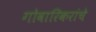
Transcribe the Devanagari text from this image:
गोवारिकरांचे